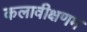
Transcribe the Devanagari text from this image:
कलावीक्षणम